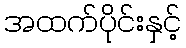
အထက်ပိုင်းနှင့်